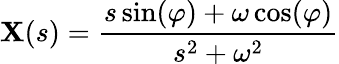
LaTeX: \mathbf{X}(s)={\frac{{s\sin(\varphi)+\omega\cos(\varphi)}}{{s^{2}+\omega^{2}}}}